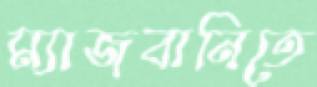
ম্যাজবানিতে